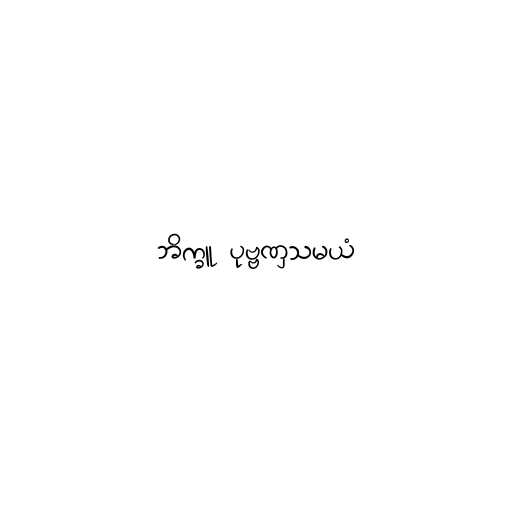
ဘိက္ခူ ပုဗ္ဗဏှသမယံ